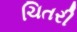
ચિતરી